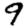
Digit: 9